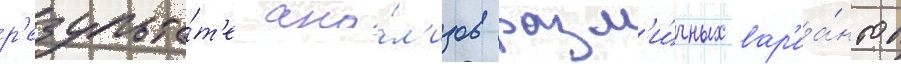
р'езульта́т'е ана́л'изов разл'и́чных вар'иа́нтов